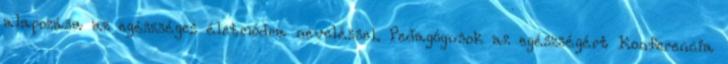
alapozása az egészséges életmódra neveléssel. Pedagógusok az egészségért Konferencia